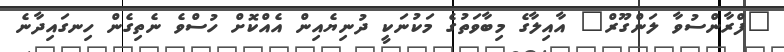
"ފްރާންސުވާ ލަންގޫރް" އާއިލާގެ މިބާވަތުގެ މަކުނަކީ ދުނިޔެއިން އެއްކޮށް ހުސްވެ ނެތިގެން ހިނގައިދާނެ